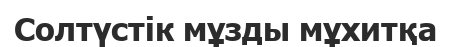
Солтүстік мұзды мұхитқа